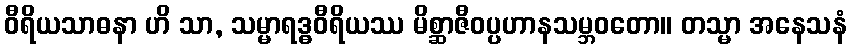
ဝီရိယသာဓနာ ဟိ သာ, သမ္မာရဒ္ဓဝီရိယဿ မိစ္ဆာဇီဝပ္ပဟာနသမ္ဘဝတော။ တသ္မာ အနေသနံ